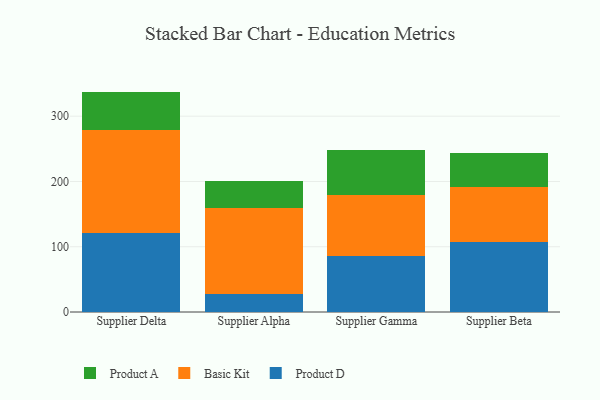
{"axis": {"x": "Supplier", "y": "Gross Profit (USD K)"}, "legend": ["Basic Kit", "Product A", "Product D"], "data": [{"x": "Supplier Delta", "y": 120.9, "type": "Product D"}, {"x": "Supplier Delta", "y": 157.7, "type": "Basic Kit"}, {"x": "Supplier Delta", "y": 59.1, "type": "Product A"}, {"x": "Supplier Alpha", "y": 26.9, "type": "Product D"}, {"x": "Supplier Alpha", "y": 131.7, "type": "Basic Kit"}, {"x": "Supplier Alpha", "y": 42.1, "type": "Product A"}, {"x": "Supplier Gamma", "y": 85.8, "type": "Product D"}, {"x": "Supplier Gamma", "y": 94.0, "type": "Basic Kit"}, {"x": "Supplier Gamma", "y": 68.9, "type": "Product A"}, {"x": "Supplier Beta", "y": 107.6, "type": "Product D"}, {"x": "Supplier Beta", "y": 84.6, "type": "Basic Kit"}, {"x": "Supplier Beta", "y": 51.7, "type": "Product A"}]}